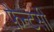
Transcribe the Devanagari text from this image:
फ़ैन्टसी